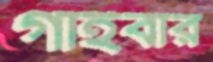
গাইবার